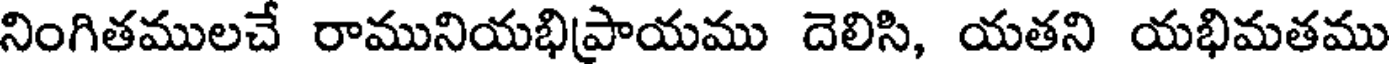
నింగితములచే రామునియభిప్రాయము దెలిసి, యతని యభిమతము